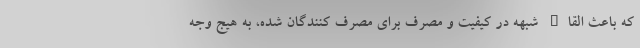
که باعث القاء شبهه در کیفیت و مصرف برای مصرف کنندگان شده، به هیج وجه